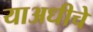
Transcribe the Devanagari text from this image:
याअधीचे